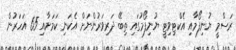
ރަސްމީ ޔުނިފޯމާއި އެކްޓިވިޓީ ޔުނިފޯމުގައި ތިބޭ ދަރިވަރުންނަށް އެކަނި ކަމަށާއި 65 އަހަރުން